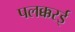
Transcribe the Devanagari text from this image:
पलक्करई